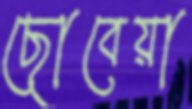
ছোবেয়া